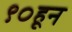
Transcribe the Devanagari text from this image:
९०हून